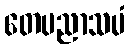
တေပညာသမံ